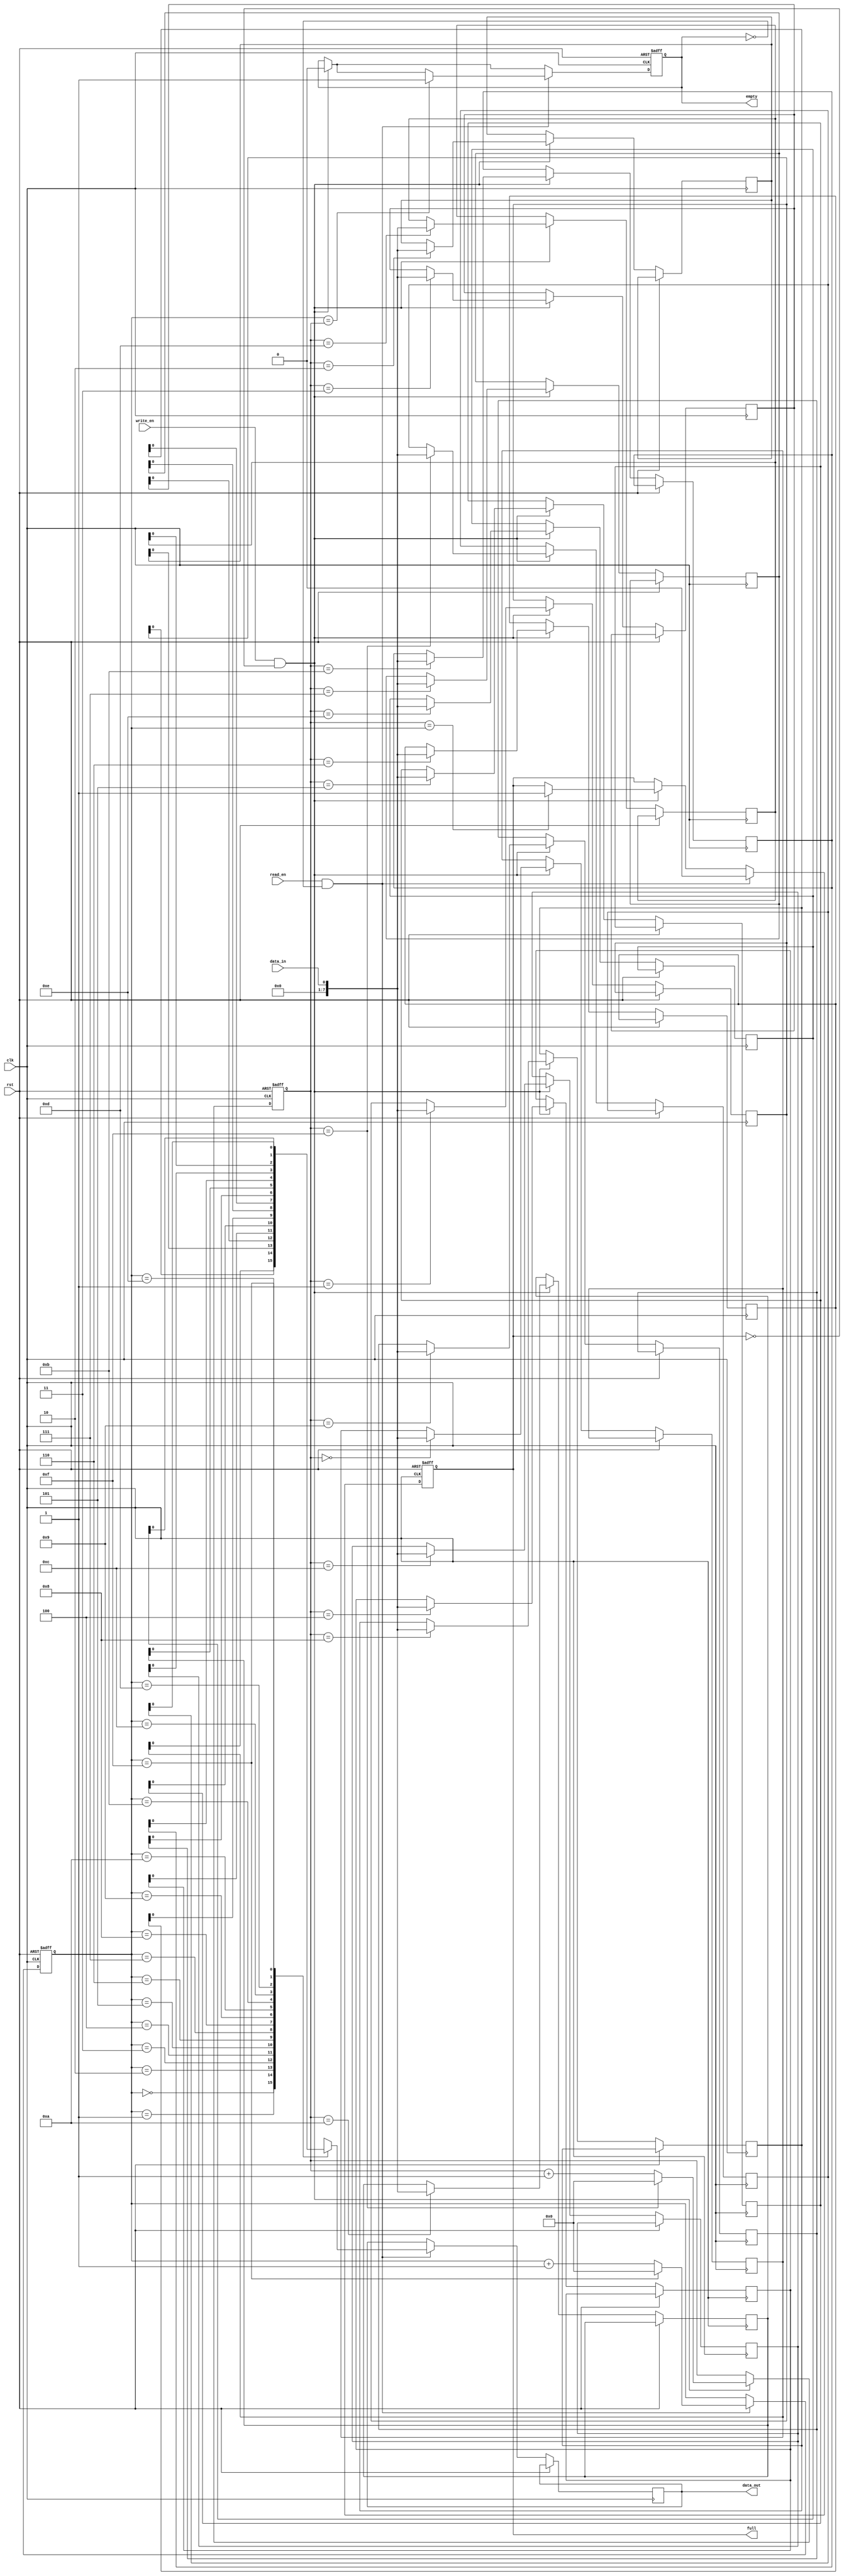
module Bidirectional_FIFO (
    input wire clk,
    input wire rst,
    input wire write_en,
    input wire read_en,
    input wire data_in,
    output reg data_out,
    output reg full,
    output reg empty
);

reg [7:0] fifo [0:15]; // 16 locations in the FIFO
reg [3:0] write_ptr, read_ptr;

always @ (posedge clk or posedge rst) begin
    if (rst) begin
        write_ptr <= 4'b0000; // initialize write pointer
        read_ptr <= 4'b0000; // initialize read pointer
        full <= 1'b0; // FIFO is not full
        empty <= 1'b1; // FIFO is empty
    end
    else begin
        // Write block
        if (write_en && !full) begin
            fifo[write_ptr] <= data_in;
            write_ptr <= (write_ptr == 4'b1111) ? 4'b0000 : write_ptr + 1;
            empty <= 1'b0; // FIFO is not empty
            if (write_ptr == read_ptr) begin
                full <= 1'b1; // FIFO is full
            end
        end
        
        // Read block
        if (read_en && !empty) begin
            data_out <= fifo[read_ptr];
            read_ptr <= (read_ptr == 4'b1111) ? 4'b0000 : read_ptr + 1;
            full <= 1'b0; // FIFO is not full
            if (read_ptr == write_ptr) begin
                empty <= 1'b1; // FIFO is empty
            end
        end
    end
end

endmodule